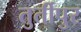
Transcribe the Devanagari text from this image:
तुर्तीपुर